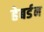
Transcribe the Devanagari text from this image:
हेबर्डन